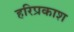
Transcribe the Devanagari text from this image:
हरिप्रकाश